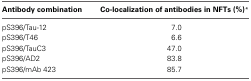
| Antibody combination | Co-localization of antibodies in NFTs (%)* |
 | --- | --- |
 | pS396/Tau-12 | 7.0 |
 | pS396/T46 | 6.6 |
 | pS396/TauC3 | 47.0 |
 | pS396/AD2 | 83.8 |
 | pS396/mAb 423 | 85.7 |